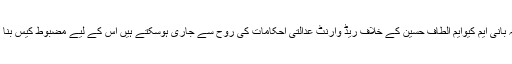
انہوں نے کہا کہ بانی ایم کیوایم الطاف حسین کے خلاف ریڈ وارنٹ عدالتی احکامات کی روح سے جاری ہوسکتے ہیں اس کے لیے مضبوط کیس بنا کر بھیجنا ہو گا۔